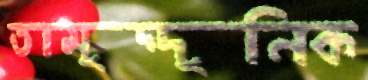
তামুদ্দুনিক